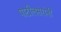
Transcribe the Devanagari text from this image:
पाटीलसरांनी